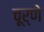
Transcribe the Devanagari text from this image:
चूर्णे